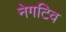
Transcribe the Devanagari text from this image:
नेगटिव